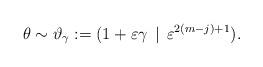
LaTeX: \begin{align*}\theta \sim \vartheta_\gamma:= (1 + \varepsilon \gamma \,\mid \, \varepsilon^{2 (m-j)+1}).\end{align*}